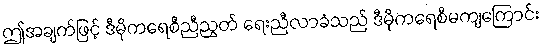
ဤအချက်ဖြင့် ဒီမိုကရေစီညီညွတ် ရေးညီလာခံသည် ဒီမိုကရေစီမကျကြောင်း